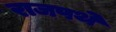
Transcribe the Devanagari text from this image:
राजपथे